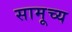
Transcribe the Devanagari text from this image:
सामूच्य